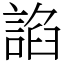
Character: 諂